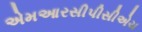
એમઆરસીપીસીએચ